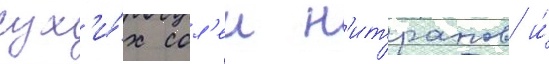
сух'и́х сол'еи н'итратов и́